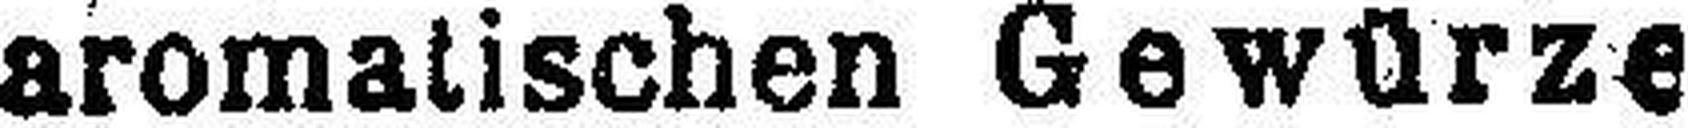
aromatischen Gewürze